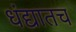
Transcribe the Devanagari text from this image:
धंद्यातच